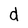
Character: d